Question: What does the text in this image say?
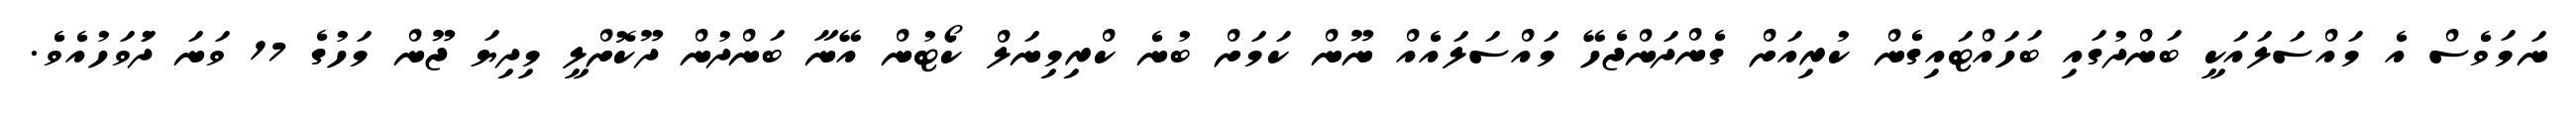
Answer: ނަމަވެސް އެ މައްސަލައަކީ ބަންދުގައި ބަހައްޓައިގެން ކުރިއަށް ގެންދަންޖެހޭ މައްސަލައެއް ނޫން ކަމަށް ބުނެ ކްރިމިނަލް ކޯޓުން އޭނާ ބަންދުން ދޫކޮށްލީ މިދިޔަ ޖޫން މަހުގެ 17 ވަނަ ދުަވަހުއެވެ.